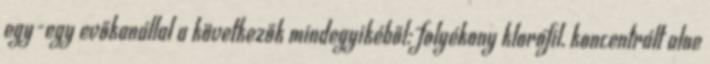
egy-egy evőkanállal a következők mindegyikéből: folyékony klorofil, koncentrált aloe